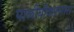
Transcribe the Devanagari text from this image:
पाळीवीकरणास